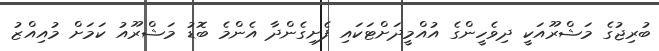
ބުރިޖުގެ މަޝްރޫއަކީ ދިވެހީންގެ އުއްމީދަށްޓަކައި ފެށިގެންދާ އެންމެ ބޮޑު މަޝްރޫއު ކަމަށް މުއިއްޒު